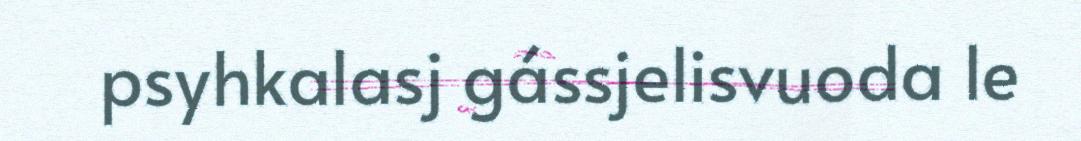
psyhkalasj gássjelisvuoda le